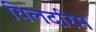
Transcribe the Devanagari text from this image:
यिलदरिम